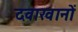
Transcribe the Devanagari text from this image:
दवाखानों